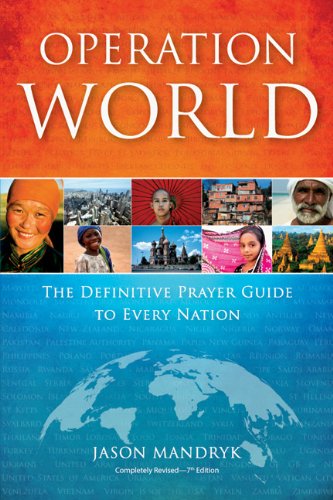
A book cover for Operation World: The Definitive Prayer Guide to Every Nation (Operation World Set); Jason Mandryk; Christian Books & Bibles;